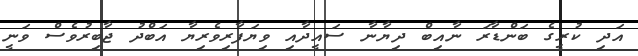
އަދި ކުރީގެ ބަންޑާރަ ނާއިބް ދިޔާނާ ސައީދާއި ވިޔަފާރިވެރިޔާ އަބްދު ޖާބިރުވެސް ވަނީ